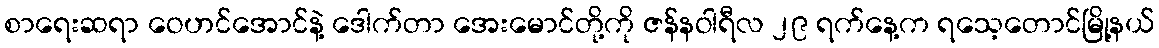
စာရေးဆရာ ဝေဟင်အောင်နဲ့ ဒေါက်တာ အေးမောင်တို့ကို ဇန်နဝါရီလ ၂၉ ရက်နေ့က ရသေ့တောင်မြို့နယ်